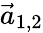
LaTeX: \vec{a}_{1,2}